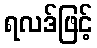
ရလဒ်ဖြင့်